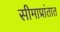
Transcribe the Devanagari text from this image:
सीमाप्रांतात